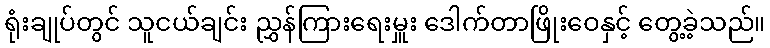
ရုံးချုပ်တွင် သူငယ်ချင်း ညွှန်ကြားရေးမှူး ဒေါက်တာဖြိုးဝေနှင့် တွေ့ခဲ့သည်။